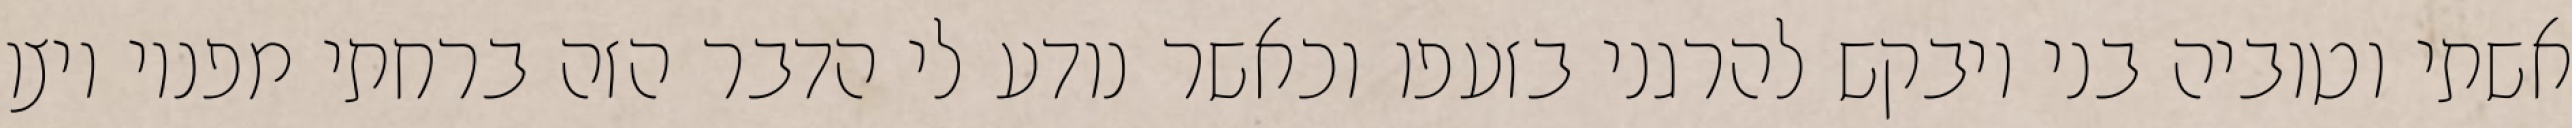
אשתי וטוביה בני ויבקש להרגני בזעפו וכאשר נודע לי הדבר הזה ברחתי מפניו ויצו